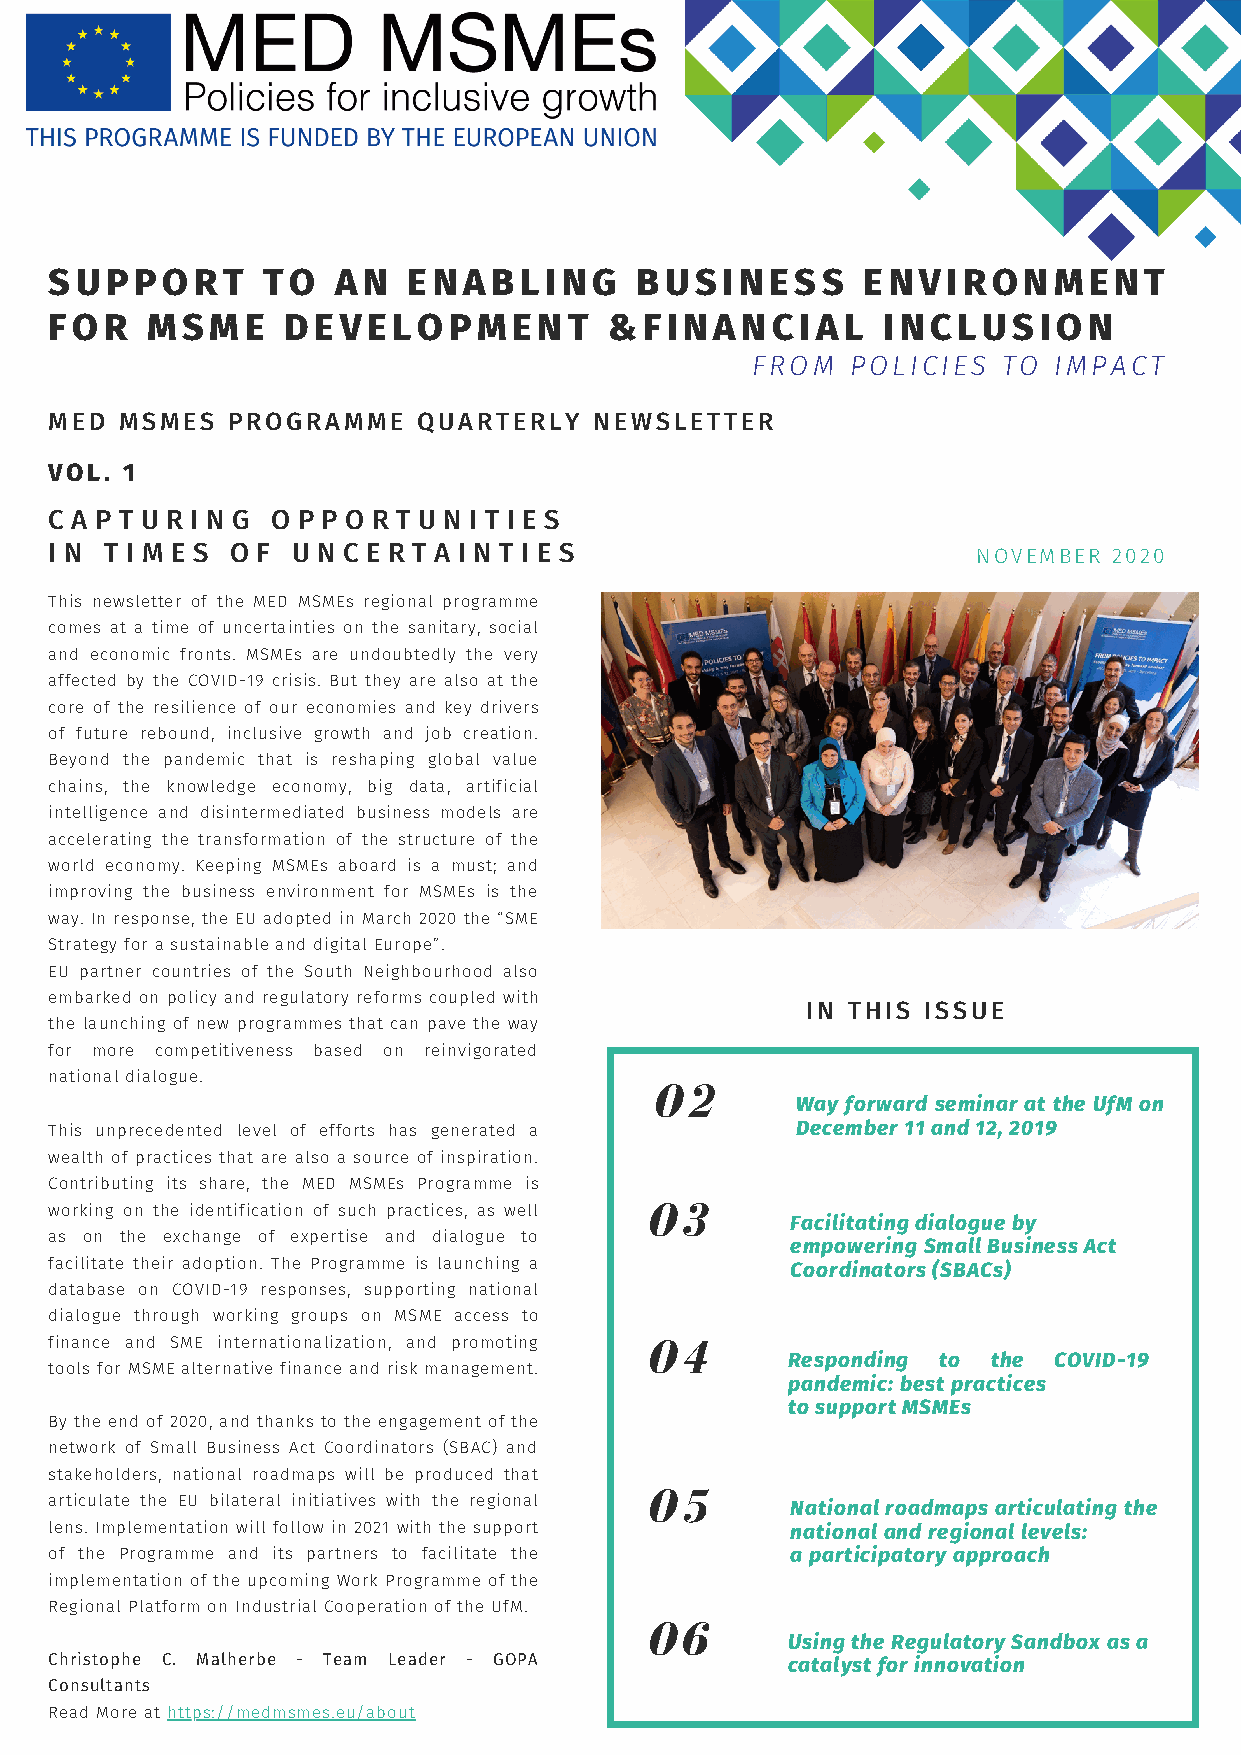
SUPPORT       TO   AN   ENABLING       BUSINESS       ENVIRONMENT
 FOR    MSME     DEVELOPMENT          &FINANCIAL        INCLUSION
 FROM  POLICIES  TO  IMPACT
 MED  MSMES  PROGRAMME    QUARTERLY  NEWSLETTER
 VOL. 1
 C A P T U R I N G O P P O R T U N I T I E S
 I N T I M E S O F U N C E R T A I N T I E S                   NOVEMBER 2020
 This newsletter of the MED MSMEs regional programme
 comes at a time of uncertainties on the sanitary, social
 and economic fronts. MSMEs are undoubtedly the very
 affected by the COVID-19 crisis. But they are also at the
 core of the resilience of our economies and key drivers
 of future rebound, inclusive growth and job creation.
 Beyond the pandemic that is reshaping global value
 chains, the knowledge economy, big data, artificial
 intelligence and disintermediated business models are
 accelerating the transformation of the structure of the
 world economy. Keeping MSMEs aboard is a must; and
 improving the business environment for MSMEs is the
 way. In response, the EU adopted in March 2020 the “SME
 Strategy for a sustainable and digital Europe”.
 EU partner countries of the South Neighbourhood also
 embarked on policy and regulatory reforms coupled with
 IN THIS ISSUE
 the launching of new programmes that can pave the way
 for more competitiveness based on reinvigorated
 national dialogue.
 02
 Way forward seminar at the UfM on
 This unprecedented level of efforts has generated a December 11 and 12, 2019
 wealth of practices that are also a source of inspiration.
 Contributing its share, the MED MSMEs Programme is
 03
 working on the identification of such practices, as well
 Facilitating dialogue by
 as on the exchange of expertise and dialogue to
 empowering Small Business Act
 facilitate their adoption. The Programme is launching a Coordinators (SBACs)
 database on COVID-19 responses, supporting national
 dialogue through working groups on MSME access to
 finance and SME internationalization, and promoting 04
 Responding to the COVID-19
 tools for MSME alternative finance and risk management.
 pandemic: best practices
 to support MSMEs
 By the end of 2020, and thanks to the engagement of the
 network of Small Business Act Coordinators (SBAC) and
 stakeholders, national roadmaps will be produced that
 05
 articulate the EU bilateral initiatives with the regional National roadmaps articulating the
 lens. Implementation will follow in 2021 with the support national and regional levels:
 of the Programme and its partners to facilitate the a participatory approach
 implementation of the upcoming Work Programme of the
 Regional Platform on Industrial Cooperation of the UfM.
 06
 Using the Regulatory Sandbox as a
 Christophe C. Malherbe - Team Leader - GOPA      catalyst for innovation
 Consultants
 Read More at https://medmsmes.eu/about